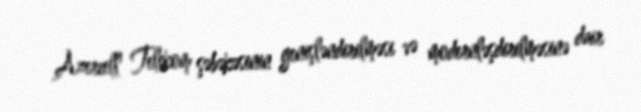
Azercell Telekom şəbəkəsinin genişləndirilməsi və modernləşdirilməsinə dair